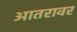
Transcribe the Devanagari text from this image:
आतरावर